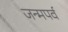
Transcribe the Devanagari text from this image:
जन्मपर्व